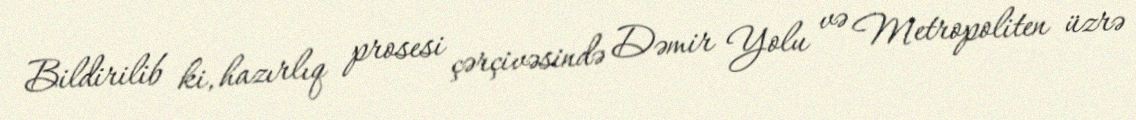
Bildirilib ki, hazırlıq prosesi çərçivəsində Dəmir Yolu və Metropoliten üzrə